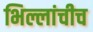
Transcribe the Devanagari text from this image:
भिल्लांचीच